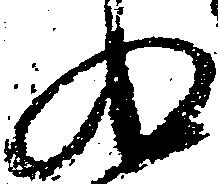
為